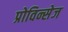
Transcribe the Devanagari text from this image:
प्रोविन्सेज